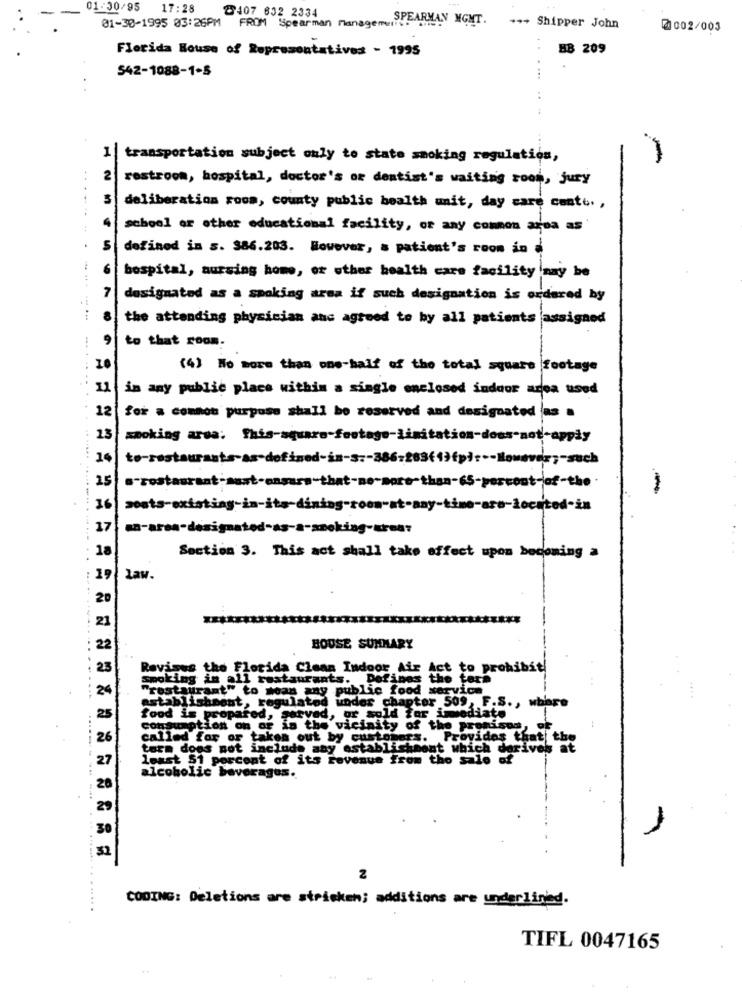
01/30/95
17:28
8407 632 2334
SPEARMAN MGMT. ... S
01-30-1995 03:26PM FROM Spearman Management. ..
Shipper John
@002/003
Florida House of Representatives - 1995
BB 209
542-1088-1-5
1 |transportation subject only to state smoking regulation,
2
restroom, hospital, doctor's or dentist's waiting room, jury
......
deliberation room, county public health unit, day care canto. ,
school or other educational facility, or any comnon aroa as
defined in s. 386.203. However, a patient's room in a
hospital, nursing home, or other health care facility may be
designated as a smoking area if such designation is ordered by
... ...
the attending physician anc agreed to by all patients assigned
to that room.
10
(4) No more than one-half of the total square footage
11
in any public place within a single enclosed indoor area used
12
for a common purpose shall be reserved and designated as .
13
smoking area: This-square-footage-limitation-does-not-apply
to-restaurants-as-defined-in-s :- 386-283(1)fp) :-- However ;- such
15
-
36
17
18
Section 3. This act shall take effect upon becoming a
19
Law.
BOUSE SUMMARY
Revious the Florida Clean Indoor Air
to prohibát
smoking in all restaurants. Defines the fe
t" to mean any public food
gulate
under chapter 509, F.S ., wher
food is propared,
Served, or sold for immediate
consumption on or is the vicinity of the prom
called for or ta
taken out by customer
Provides that the
tara does not include any establicich
ichpont whic
ves at
least $1 percent of its revenue from the sale
alcoholic beverages.
2
CODING: Deletions are stricken; additions are underlined.
TIFL 0047165
++